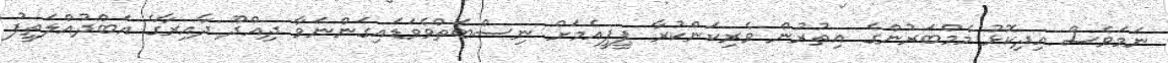
ނަމަވެސް އިދިކޮޅު މެމްބަރުންގެ އިތުރުން ވެރިކަންކުރާ ޕީޕީއެމަށް ނިސްބަތްވެވަޑައިގަންނަވާ ދިއްްދޫ ދާއިރާގެ އަބްދުއްލަތީފު